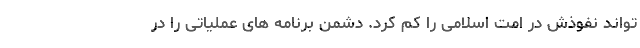
تواند نفوذش در امت اسلامی را کم کرد. دشمن برنامه های عملیاتی را در